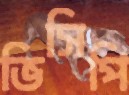
ভিসিপি